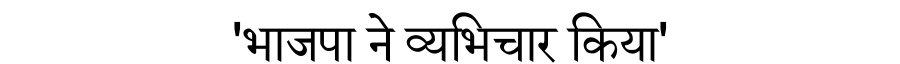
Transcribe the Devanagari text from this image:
'भाजपा ने व्यभिचार किया'